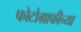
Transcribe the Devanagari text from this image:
फोटोग्राफीच्या